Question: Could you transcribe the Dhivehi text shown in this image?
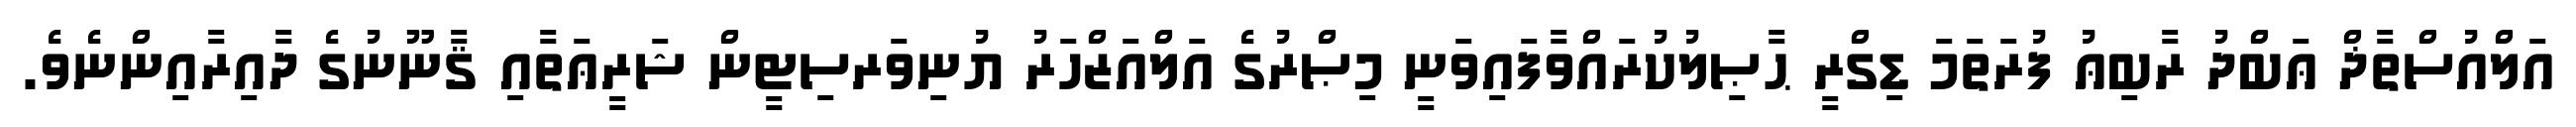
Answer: އަލްއުސްތާޛް ޢަބްދު ރާބިޢު ފުރަތަމަ ޑިގްރީ ޙާޞިލުކުރައްވާފައިވަނީ މިޞްރުގެ އަލްއަޒްހަރު ޔުނިވަރސިޓީން ޝަރީޢަތާއި ޤާނޫނުގެ ދާއިރާއިންނެވެ.